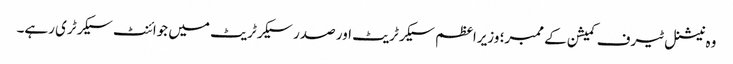
وہ نیشنل ٹیرف کمیشن کے ممبر؛ وزیراعظم سیکرٹریٹ اور صدر سیکرٹریٹ میں جوائنٹ سیکرٹری رہے۔